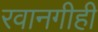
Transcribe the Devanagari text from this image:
रवानगीही